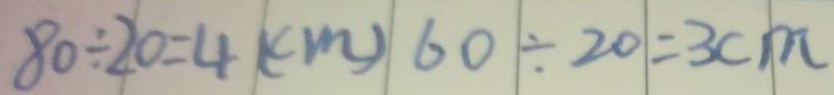
8 0 \div 2 0 = 4 ( c m ) 6 0 \div 2 0 = 3 c m